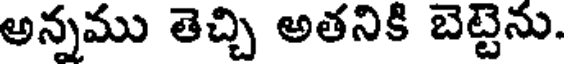
అన్నము తెచ్చి అతనికి బెట్టెను.